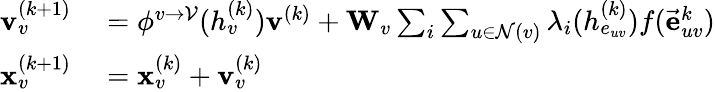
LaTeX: \begin{array}{rl}{\mathbf{v}_{v}^{(k+1)}}&{{}=\phi^{v\rightarrow\mathcal{V}}(h_{v}^{(k)})\mathbf{v}^{(k)}+\mathbf{W}_{v}\sum_{i}\sum_{u\in\mathcal{N}(v)}\lambda_{i}(h_{e_{uv}}^{(k)})f(\vec{\mathbf{e}}_{uv}^{k})}\\ {\mathbf{x}_{v}^{(k+1)}}&{{}=\mathbf{x}_{v}^{(k)}+\mathbf{v}_{v}^{(k)}}\end{array}